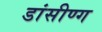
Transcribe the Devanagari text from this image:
डांसीण्ग